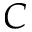
C